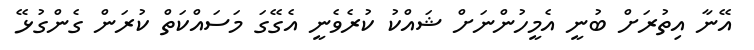
އޭނާ އިތުރަށް ބުނީ އެމީހުންނަށް ޝައްކު ކުރެވެނީ އެގޭގަ މަސައްކަތް ކުރަން ގެންގުޅޭ